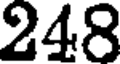
248